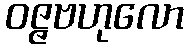
ဝဇ္ဇဗဟုလော